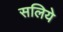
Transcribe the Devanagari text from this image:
सलिये